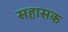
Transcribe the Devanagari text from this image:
सहासक